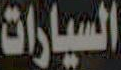
السيارات